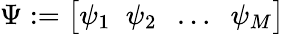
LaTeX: \Psi:=\big[\psi_{1}\; \; \psi_{2}\; \; \dots\; \; \psi_{M}\big]